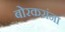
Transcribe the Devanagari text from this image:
बोरकरांना